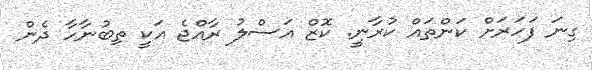
ގިނަ ފަހަރަށް ކަންތައް ކުރާނީ. ކޮޒް އަސްލު ރާއްޖެ އަކީ ތިބުނާހާ ދެން